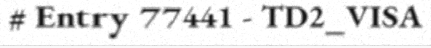
# Entry 77441 - TD2_VISA